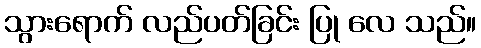
သွားရောက် လည်ပတ်ခြင်း ပြု လေ သည်။